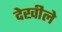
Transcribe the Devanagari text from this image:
देखीले